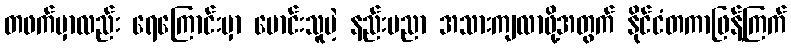
တဖက်မှာလည်း ရေကြောင်းမှာ မောင်းသူမဲ့ နည်းပညာ အသားကျလာဖို့အတွက် နိုင်ငံတကာဖြန့်ကြက်